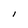
Character: I